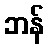
ဘန်